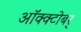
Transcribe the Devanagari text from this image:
ऑक्क्टोबर्